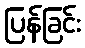
ပြန်ခြင်း